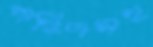
শহিদসহ